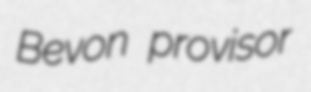
Bevon provisor